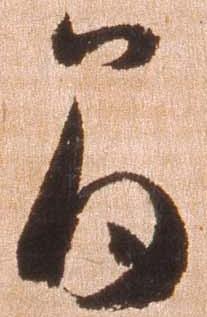
間